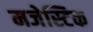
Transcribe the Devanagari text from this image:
मजेस्टिक